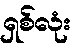
ရှစ်လုံး